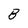
Character: B